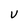
Character: V